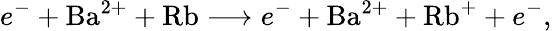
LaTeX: e^{-}+\mathrm{Ba}^{2+}+\mathrm{Rb}\longrightarrow e^{-}+\mathrm{Ba}^{2+}+\mathrm{Rb}^{+}+e^{-},